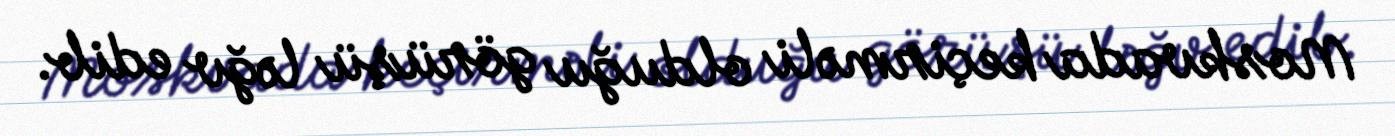
Moskvada keçirməli olduğu görüşü ləğv edib.